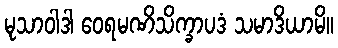
မုသာဝါဒါ ဝေရမဏိသိက္ခာပဒံ သမာဒိယာမိ။